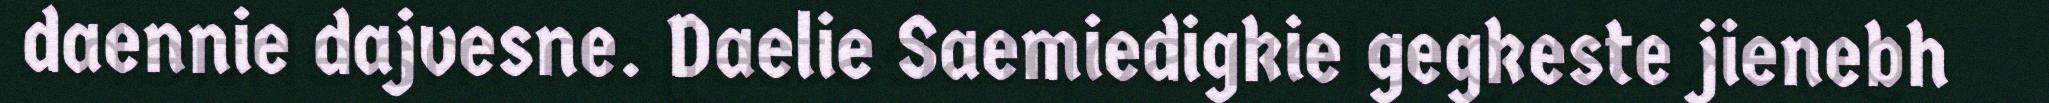
daennie dajvesne. Daelie Saemiedigkie gegkeste jienebh